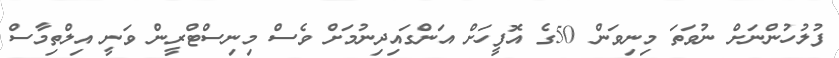
ފުލުހުންނަށް ނުވަތަ މިނިވަން 50ގެ އޮފީހަށް އަންގައިދިނުމަށް ވެސް މިނިސްޓްރީން ވަނީ އިލްތިމާސް